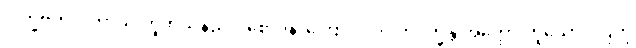
‘ဒုက္ခဗဟုလတာယ’ဟူဘိသနည်း။ စောဒနာကြောင့် ‘ဝိပါကဒုက္ခန္တိ အတ္ထော’ဟူသော ပါဌ်ကို